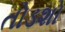
તોડશો